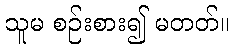
သူမ စဉ်းစား၍ မတတ်။